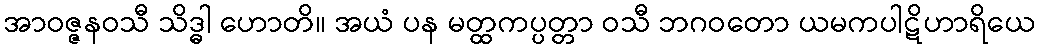
အာဝဇ္ဇနဝသီ သိဒ္ဓါ ဟောတိ။ အယံ ပန မတ္ထကပ္ပတ္တာ ဝသီ ဘဂဝတော ယမကပါဋိဟာရိယေ